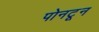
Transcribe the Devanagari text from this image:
पोनटून